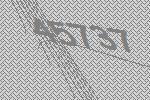
45737